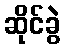
ဆိုင်ခွဲ